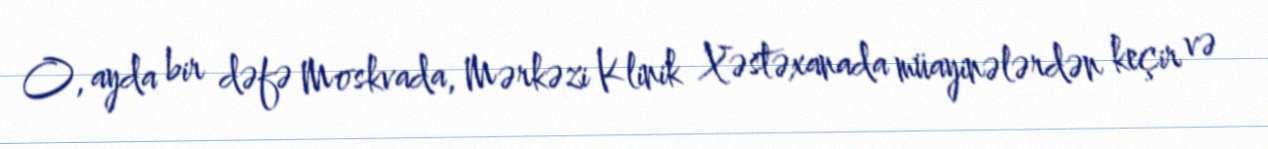
O, ayda bir dəfə Moskvada, Mərkəzi Klinik Xəstəxanada müayinələrdən keçir və